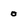
Character: 0